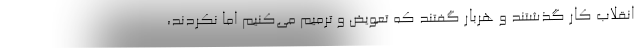
انقلاب كار گذشتند و هربار گفتند كه تعويض و ترميم مي‌كنيم اما نكردند،